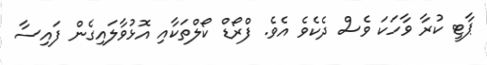
ޕާޓީ ކުރާ ވާހަކަ ވެސް ދެކެވެ އެވެ. ފްރޯޑް ކޯލްތަކާއި އޮޅުވާލައިގެން ފައިސާ